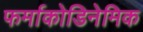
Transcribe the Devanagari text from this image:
फर्माकोडिनेमिक